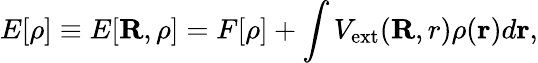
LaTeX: E[\rho]\equiv E[{\mathbf R},\rho]=F[\rho]+\int V_{\mathrm{ext}}({\mathbf R,r})\rho({\mathbf r})d{\mathbf r},